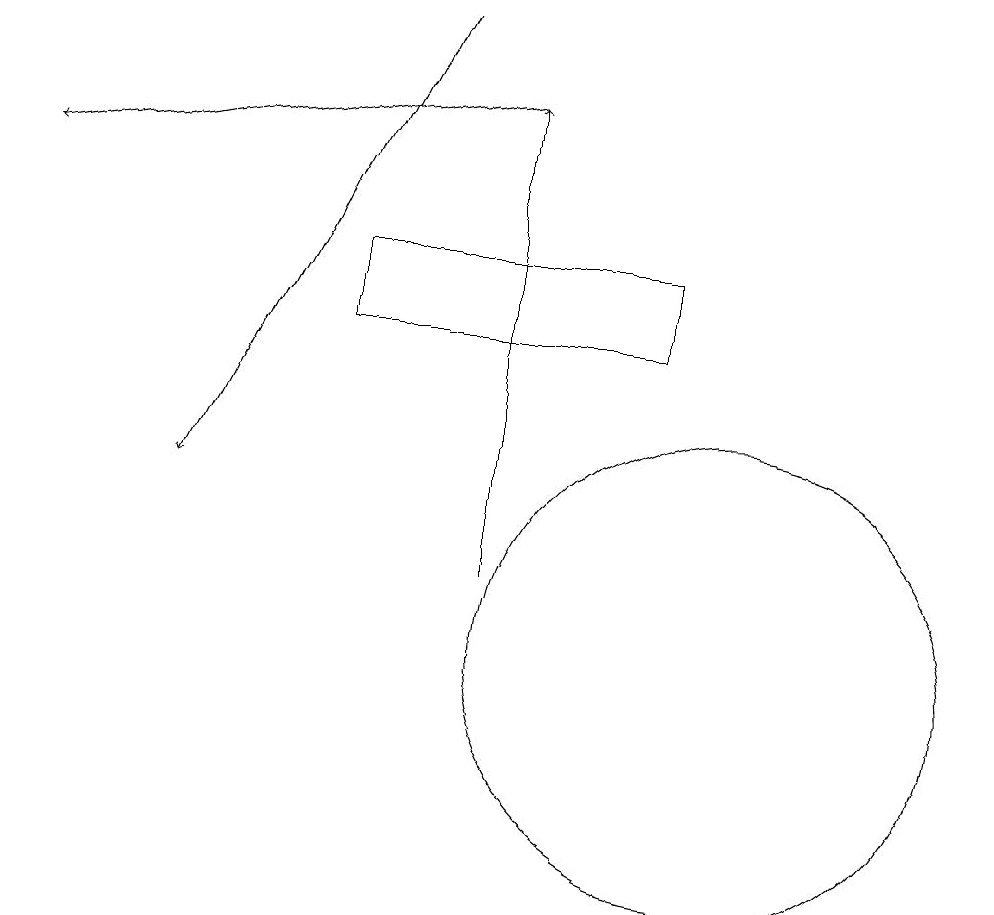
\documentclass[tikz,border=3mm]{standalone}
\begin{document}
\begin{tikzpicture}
\draw (10,10) circle (3);
\draw[->] (6,18) -- (3,12);
\draw (5,14) rectangle (9,15);
\draw[->] (7,11) -- (7,17);
\draw[->] (7,17) -- (1,16);
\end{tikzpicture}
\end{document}